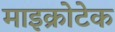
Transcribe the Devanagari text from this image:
माइक्रोटेक